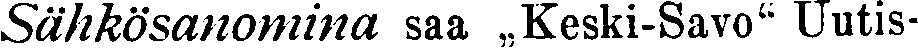
Sähkösanomina saa ,,Keski-Savo' Uutis-